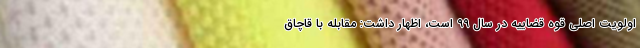
اولویت اصلی قوه قضاییه در سال ۹۹ است، اظهار داشت: مقابله با قاچاق